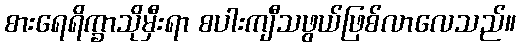
စားရေရိက္ခာသိုမှီးရာ စပါးကျီသဖွယ်ဖြစ်လာလေသည်။